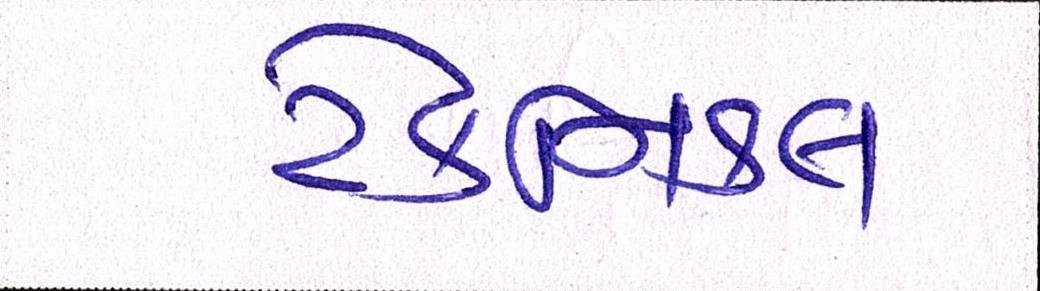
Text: ટેકનિકલ